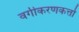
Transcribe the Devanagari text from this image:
वर्गीकरणकर्त्ता